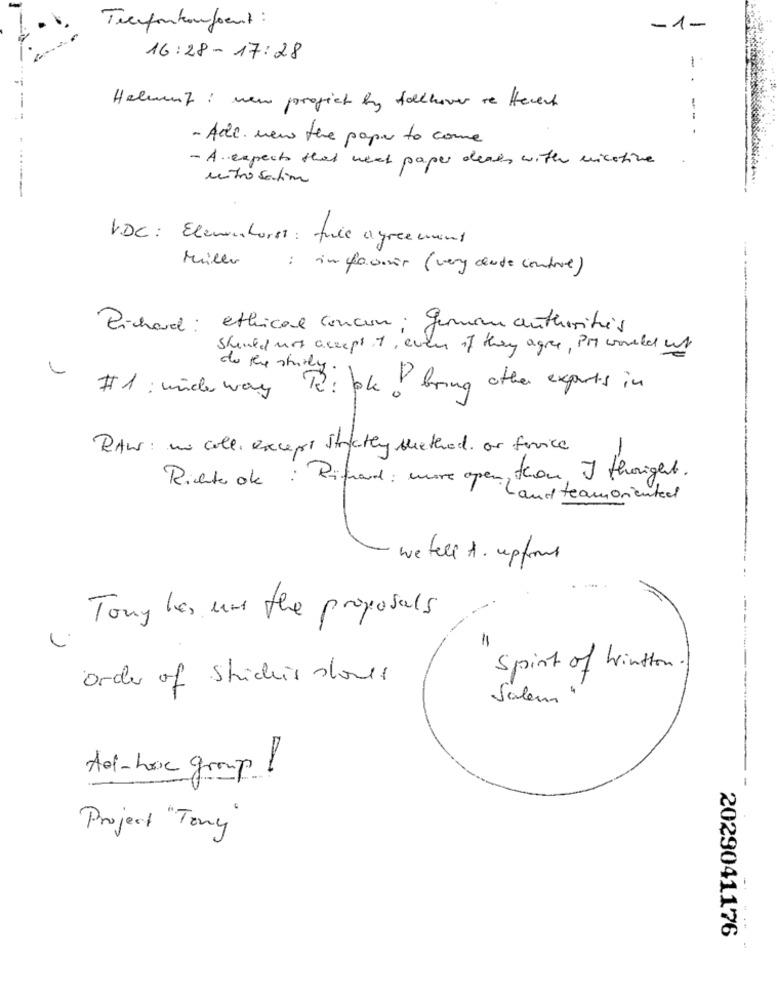
Trenfontanforent :
-1-
16:28 - 17:28
- .
Helmnf : new project by fallhover re Hevert
--
- Ade. new the paper to come
- A. expect that weat paper deals with nicotine
entrosatin
VDC: Elementarsi: file agreement
Mille
: infovoir (very close contre)
Richard: ethical concen; german authorities
Should not accept 1, even if they agre, PM world us
do the strily
To: Jok I bring other experts in
#1 : under way
RAW: is coll, except strictly method. or service
m , thon I thought .
Richte ok : Rifraud : more per l'a teamoriented
we tell A. upfront
Tony les in the proposals
1
Spirt of Winston .
Order of Stickis stores
Salem
Ad -hoc group !
------------- -
Project " Tony
2029041176